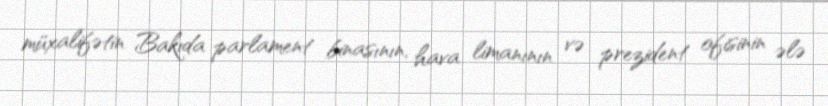
müxalifətin Bakıda parlament binasının, hava limanının və prezident ofisinin ələ